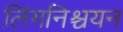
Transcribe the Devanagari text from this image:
लिंगनिश्चयन